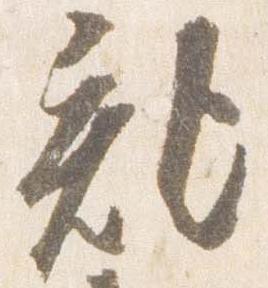
記